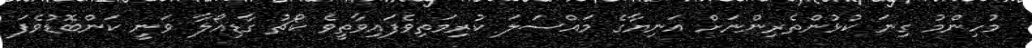
މުހިންމު ގިނަ ކުޅުންތެރިންނަށް އަނިޔާގެ މައްސަލަ ކުރިމަތިވެފައިވާތީވެ ކޯޗު ގާޑިއޯލާ ވަނީ ކަންބޮޑުވެފަ